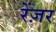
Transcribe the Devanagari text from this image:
रेंज़र